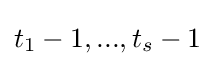
t_{1}-1,...,t_{s}-1